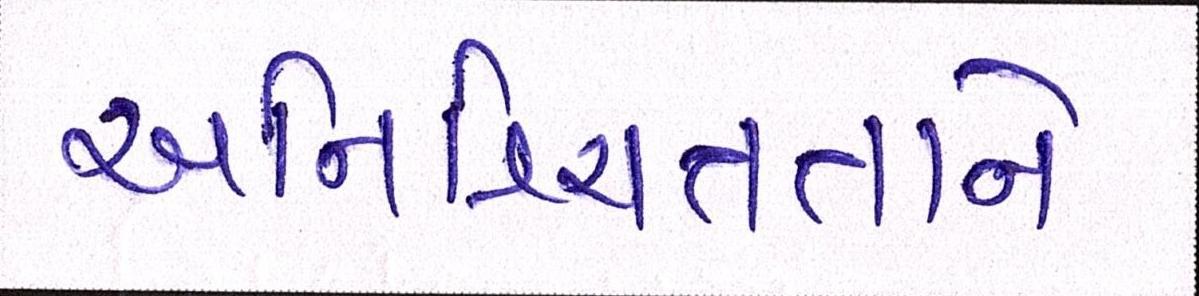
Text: અનિશ્ચિતતાને